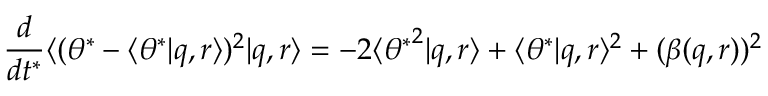
\frac { d } { d t ^ { * } } \langle ( \theta ^ { * } - \langle \theta ^ { * } | q , r \rangle ) ^ { 2 } | q , r \rangle = - 2 \langle { \theta ^ { * } } ^ { 2 } | q , r \rangle + \langle { \theta ^ { * } } | q , r \rangle ^ { 2 } + ( \beta ( q , r ) ) ^ { 2 }